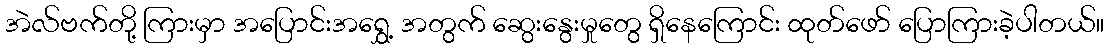
အဲလ်ဗက်တို့ ကြားမှာ အပြောင်းအရွှေ့ အတွက် ဆွေးနွေးမှုတွေ ရှိနေကြောင်း ထုတ်ဖော် ပြောကြားခဲ့ပါတယ်။